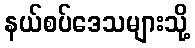
နယ်စပ်ဒေသများသို့